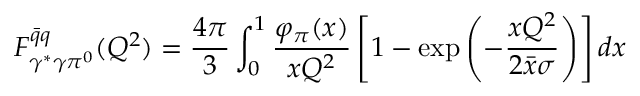
F _ { \gamma ^ { * } \gamma \pi ^ { 0 } } ^ { \bar { q } q } ( Q ^ { 2 } ) = \frac { 4 \pi } { 3 } \int _ { 0 } ^ { 1 } \frac { \varphi _ { \pi } ( x ) } { x Q ^ { 2 } } \left[ 1 - \exp \left( - \frac { x Q ^ { 2 } } { 2 \bar { x } \sigma } \right) \right] d x